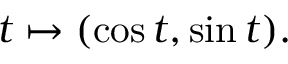
t \mapsto ( \cos t , \sin t ) .